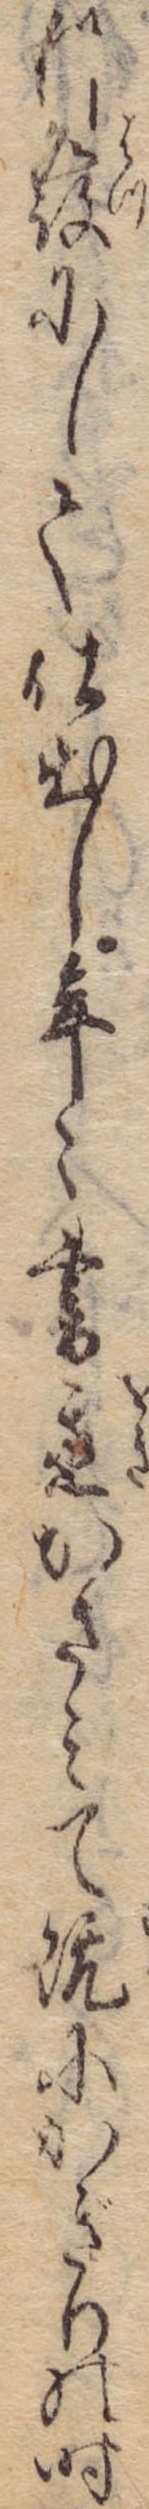
利発にして仕出し年々書置かさみて既にかぎりの時